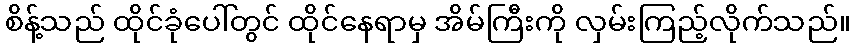
စိန့်သည် ထိုင်ခုံပေါ်တွင် ထိုင်နေရာမှ အိမ်ကြီးကို လှမ်းကြည့်လိုက်သည်။